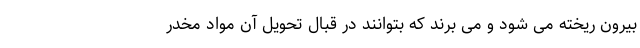
بیرون ریخته می شود و می برند که بتوانند در قبال تحویل آن مواد مخدر